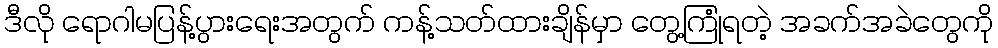
ဒီလို ရောဂါမပြန့်ပွားရေးအတွက် ကန့်သတ်ထားချိန်မှာ တွေ့ကြုံရတဲ့ အခက်အခဲတွေကို